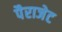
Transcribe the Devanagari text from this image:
पैराजेट